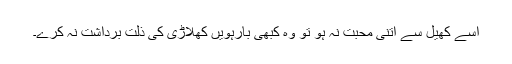
اسے کھیل سے اتنی محبت نہ ہو تو وہ کبھی بارہویں کھلاڑی کی ذلت برداشت نہ کرے۔